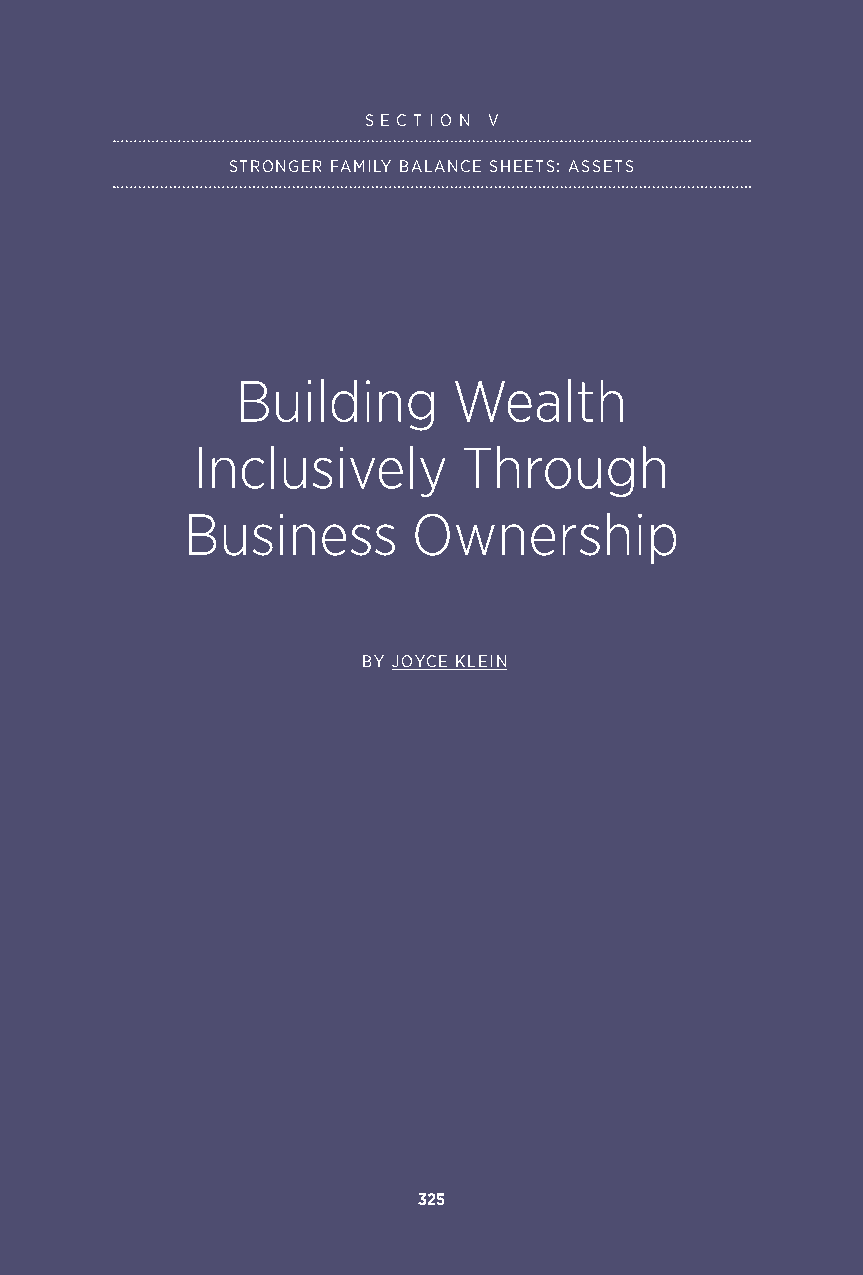
S E C T I O N V
 STRONGER FAMILY BALANCE SHEETS: ASSETS
 Building      Wealth
 Inclusively       Through
 Business       Ownership
 BY JOYCE KLEIN
 325